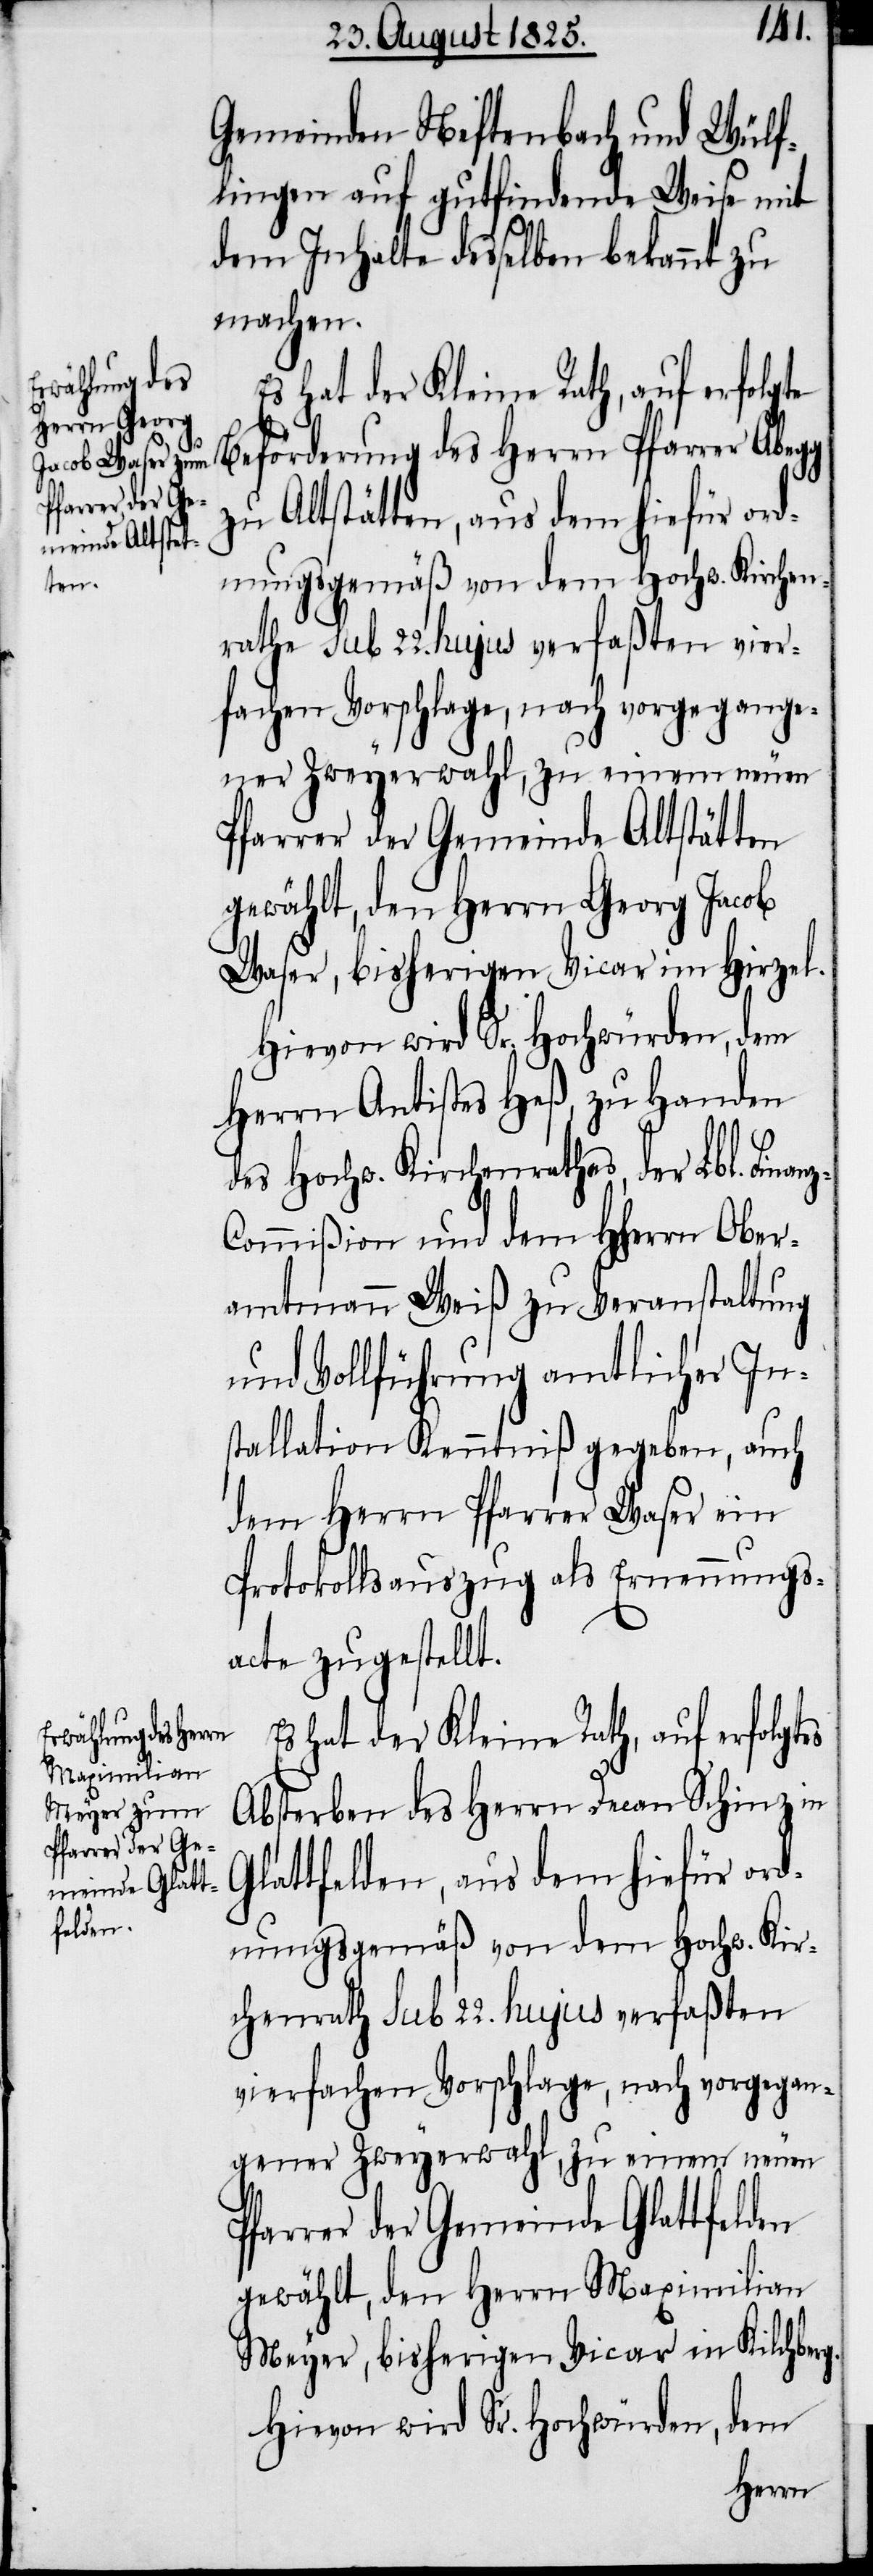
Gemeinden Neftenbach und Wülf¬
lingen auf gutfindende Weise mit
dem Inhalte desselben bekannt zu
machen.
olgte Beförderung des Herrn Pfarrer Abegg
zu Altstätten, aus dem hiefür ord¬
an¬
Pfarrer der Gemeinde Altstätten
gewählt, den Herrn Georg Jacob
Waser, bisherigen Vicar im Hirzel.
Hievon wird Sr. Hochwürden, dem
Herrn Antistes Heß, zu Handen
des Hochw. Kirchenrathes, der Lbl. Fin¬
z-Commißion und dem HHerrn Ober¬
amtmann Weiß zu Veranstaltung
und Vollführung amtlicher In¬
stallation Kenntniß gegeben, auch
den Herrn Pfarrer Waser ein
Protokollsauszug als Ernennungs¬
acte zugestellt.
Es hat der Kleine Rath, auf erfolgtes
Absterben des Herrn Decan Schinz in
Glattfelden, aus dem hiefür ord¬
nungsgemäß von dem Hochw. Kir¬
chenrath sub 22. hujus verfaßten
vierfachen Vorschlage, nach vorgegan¬
gener Zweyerwahl, zu einem neuen
Pfarrer der Gemeinde Glattfelden
gewählt, den Herrn Maximilian
Meyer, bisherigen Vicar in Kilchberg.